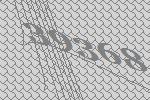
39368